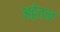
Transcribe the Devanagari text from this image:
अद्वेत्तत्व